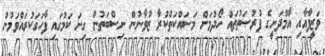
ވަޒީފާއާއި އާމްދަނީގެ ފުރުޞަތުތައް ހޯދުމަށް މަސައްކަތްކުރާ ޒުވާނުން ނިސްބަތުން ގިނަ ކަމުގައި ފާހަގަކުރައްވަމުން